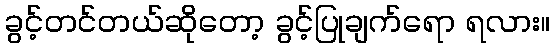
ခွင့်တင်တယ်ဆိုတော့ ခွင့်ပြုချက်ရော ရလား။